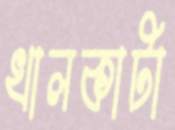
খালকাটা